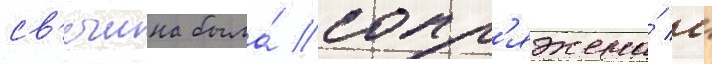
св'ечина была́ сопр'яжена́ с